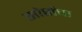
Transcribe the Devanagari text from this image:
सोर्सचा